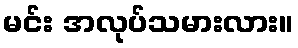
မင်း အလုပ်သမားလား။